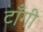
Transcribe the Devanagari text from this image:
टाँगी